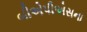
બીએપીએસના